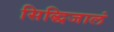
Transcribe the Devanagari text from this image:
सिद्धिजालं